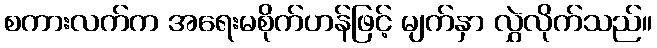
စကားလက်က အရေးမစိုက်ဟန်ဖြင့် မျက်နှာ လွှဲလိုက်သည်။